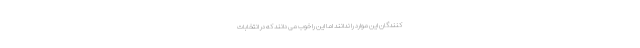
کنندگان این موارد را ندانند اما این را خوب می دانند که در انتخابات